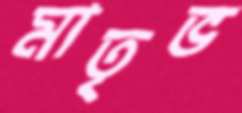
মাতৃভ